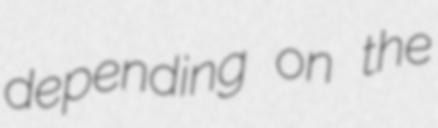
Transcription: depending on the